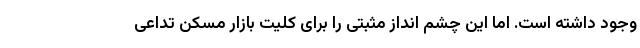
وجود داشته است. اما این چشم انداز مثبتی را برای کلیت بازار مسکن تداعی